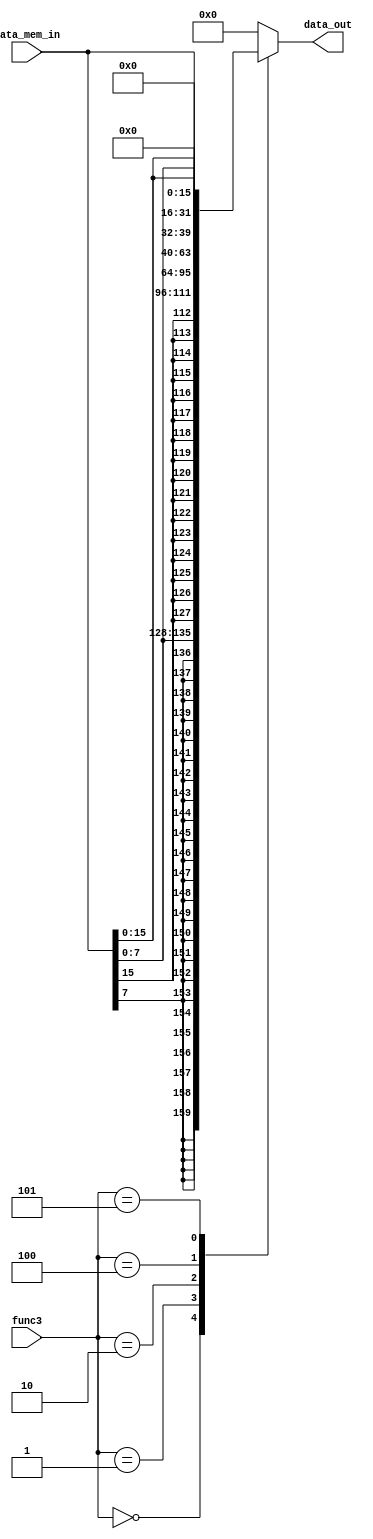
// `timescale  1ns/100ps
module Data_load_controller (
    func3,
    data_mem_in,
    data_out
);

input [2:0] func3;
input [31:0] data_mem_in;
output reg [31:0] data_out;
wire [31:0] lb,lbu,lh,lhu;

assign lb ={{24{data_mem_in[7]}},data_mem_in[7:0]};
assign lbu ={{24{1'b0}},data_mem_in[7:0]};
assign lh ={{16{data_mem_in[15]}},data_mem_in[15:0]};
assign lhu ={{16{1'b0}},data_mem_in[15:0]};


always @(*) begin
    case(func3)
        3'b000:begin
            data_out<=lb;
        end
        3'b001:begin
            data_out<=lh;
        end
        3'b010:begin
            data_out<=data_mem_in;
        end
        3'b100:begin
            data_out<=lbu;
        end
        3'b101:begin
            data_out<=lhu;
        end
		  default: begin
				data_out <= 32'd0;
			end
    endcase
end
    
endmodule